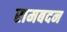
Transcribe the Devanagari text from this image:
रामबदन